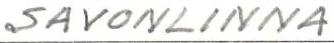
SAVONLINNA